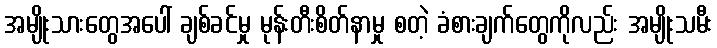
အမျိုးသားတွေအပေါ် ချစ်ခင်မှု မုန်းတီးစိတ်နာမှု စတဲ့ ခံစားချက်တွေကိုလည်း အမျိုးသမီး